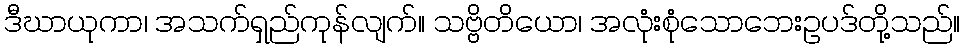
ဒီဃာယုကာ၊ အသက်ရှည်ကုန်လျက်။ သဗ္ဗိတိယော၊ အလုံးစုံသောဘေးဥပဒ်တို့သည်။